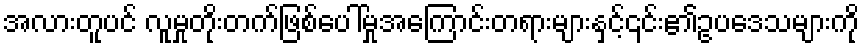
အလားတူပင် လူမှုတိုးတက်ဖြစ်ပေါ်မှုအကြောင်းတရားများနှင့်၎င်း၏ဥပဒေသများကို